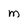
Character: m